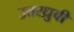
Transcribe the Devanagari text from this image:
उत्तरध्रुवी